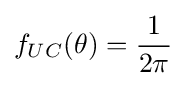
f_{UC}(\theta )={\frac {1}{2\pi }}